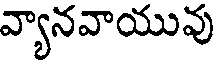
వ్యానవాయువు